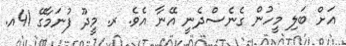
އަށް ބަލި މީހުން ގެނެސްދެނީ އޭނާ އެވެ. ރ. މީދޫ ފުނަމާގޭ 41އ.